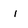
Character: l